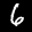
Label: 6